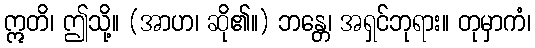
ဣတိ၊ ဤသို့။ (အာဟ၊ ဆို၏။) ဘန္တေ၊ အရှင်ဘုရား။ တုမှာကံ၊